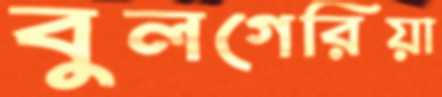
বুলগেরিয়া